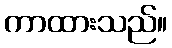
ကာထားသည်။